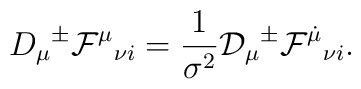
D_\mu{}^{\pm}{\cal F}^{\mu}{}_{\nu i}=\frac{1}{\sigma^2}{\cal D}_{\mu}{}^{\pm}{\cal F}^{\dot{\mu}}{}_{\nu i}.